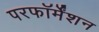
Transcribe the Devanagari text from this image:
परफॉर्मेंशन